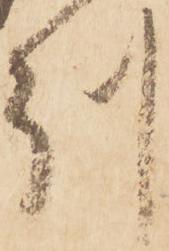
州